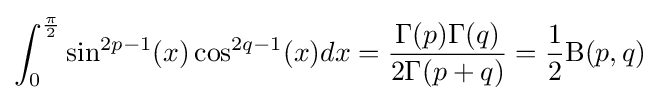
\int _{0}^{\frac {\pi }{2}}\sin ^{2p-1}(x)\cos ^{2q-1}(x)dx={\frac {\Gamma (p)\Gamma (q)}{2\Gamma (p+q)}}={\frac {1}{2}}{\text{B}}(p,q)